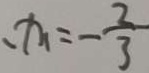
x _ { 1 } = - \frac { 2 } { 3 }